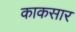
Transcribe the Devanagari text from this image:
काकसार